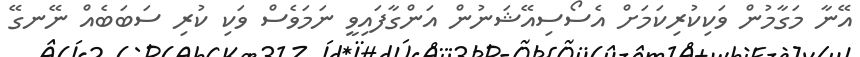
އޭނާ މަގާމުން ވަކިކުރިކަމަށް އެސޯސިއޭޝަނުން އަންގާފައިވީ ނަމަވެސް ވަކި ކުރި ސަބަބެއް ނޭނގޭ